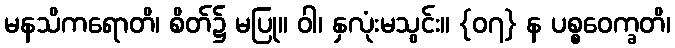
မနသိကရောတိ၊ စိတ်၌ မပြု။ ဝါ၊ နှလုံးမသွင်း။ {၀၇} န ပစ္စဝေက္ခတိ၊